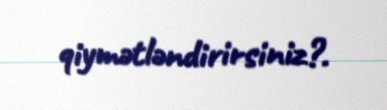
qiymətləndirirsiniz?.